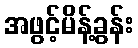
အဖွင့်မိန့်ခွန်း